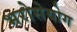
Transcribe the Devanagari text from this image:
भरोसेयोग